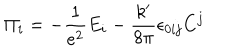
\Pi _ { i } = - \frac 1 { e ^ { 2 } } E _ { i } - \frac { k ^ { \prime } } { 8 \pi } \epsilon _ { 0 i j } C ^ { j }